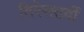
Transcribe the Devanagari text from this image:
तिरेसठवीं